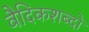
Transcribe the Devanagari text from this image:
वैदिकशब्दों